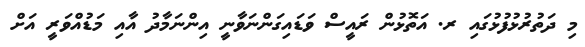
މި ދަތުރުޅުފުޅުގައި ރ. އަތޮޅުން ރައީސް ވަޑައިގަންނަވާނީ އިންނަމާދު އާއި މަޑުއްވަރީ އަށް